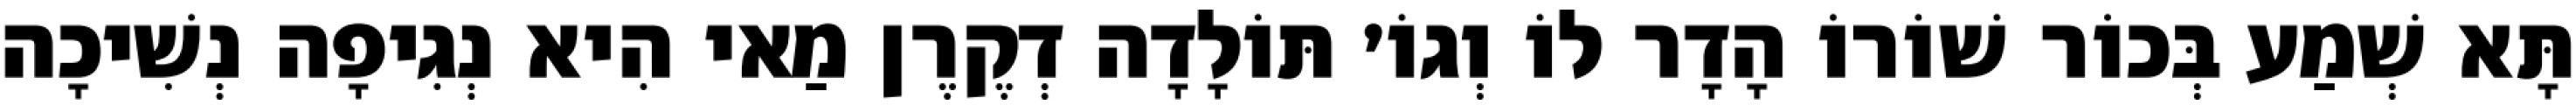
תָּא שְׁמַע בְּכוֹר שׁוֹרוֹ הָדָר לוֹ וְגוֹ׳ תּוֹלָדָה דְקֶרֶן מַאי הִיא נְגִיפָה נְשִׁיכָה